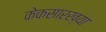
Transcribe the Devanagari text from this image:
केकसारख्या